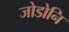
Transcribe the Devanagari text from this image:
जोडोनि